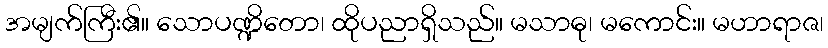
အမျက်ကြီး၏။ သောပဏ္ဍိတော၊ ထိုပညာရှိသည်။ မသာဓု၊ မကောင်း။ မဟာရာဇ၊